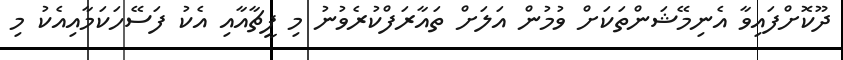
ދޫކޮށްފައިވާ އެނިމޭޝަންތަކަށް ވުމުން އަލަށް ތައާރަފްކުރެވުނު މި ފީޗާއާއި އެކު ފަސޭހަކަމާއިއެކު މި